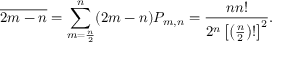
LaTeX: { \overline { { 2 m - n } } } = \sum _ { m = { \frac { n } { 2 } } } ^ { n } ( 2 m - n ) P _ { m , n } = { \frac { n n ! } { 2 ^ { n } \left[ \left( { \frac { n } { 2 } } \right) ! \right] ^ { 2 } } } .